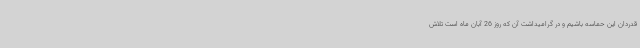
قدردان این حماسه باشیم و در گرامیداشت آن که روز 26 آبان ماه است تلاش